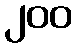
၂၀၀